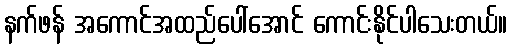
နက်ဖန် အကောင်အထည်ပေါ်အောင် ကောင်းနိုင်ပါသေးတယ်။